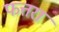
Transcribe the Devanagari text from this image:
फत्तरा